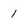
Character: 1